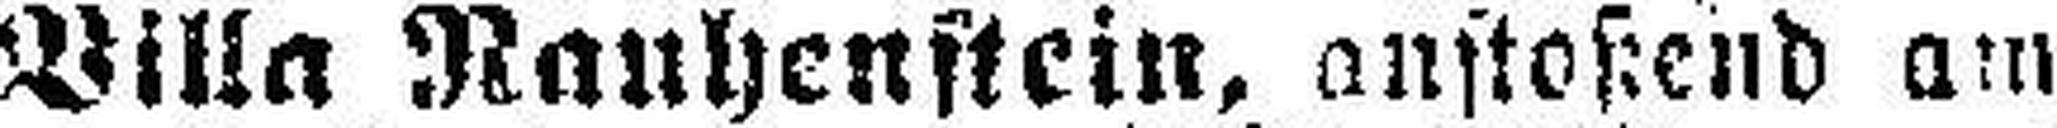
Villa Rauhenstein, anstoßend am